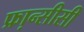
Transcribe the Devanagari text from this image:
फ्रा़न्सीसी